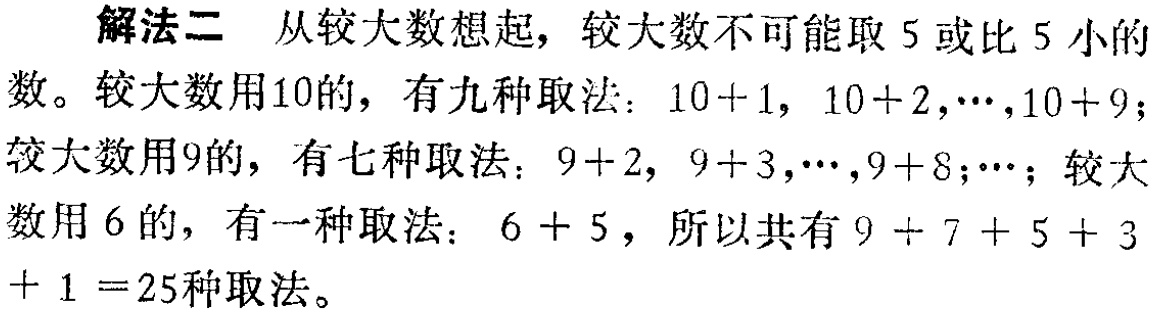
解法二 从较大数想起，较大数不可能取5或比5小的数。较大数用10的，有九种取法：\(10 + 1\)，\(10 + 2\)，\(\cdots\)，\(10 + 9\)；较大数用9的，有七种取法：\(9 + 2\)，\(9 + 3\)，\(\cdots\)，\(9 + 8\)；\(\cdots\)；较大数用6的，有一种取法：\(6 + 5\)，所以共有\(9 + 7 + 5 + 3+ 1 = 25\)种取法。